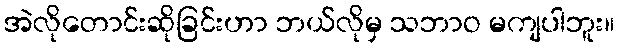
အဲလိုတောင်းဆိုခြင်းဟာ ဘယ်လိုမှ သဘာဝ မကျပါဘူး။